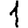
Digit: 1